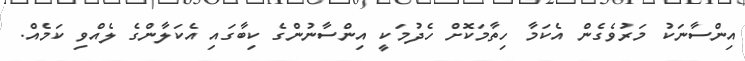
އިންސާނަކު މަރުވެގެން އެކަމާ ހިތާމަކޮށް ހެދުމަކީ އިންސާނުންގެ ކިބާގައި އެކަލާންގެ ލެއްވި ކަމެއް.